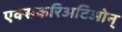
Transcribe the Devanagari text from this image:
एक्सकरिअटिओन्